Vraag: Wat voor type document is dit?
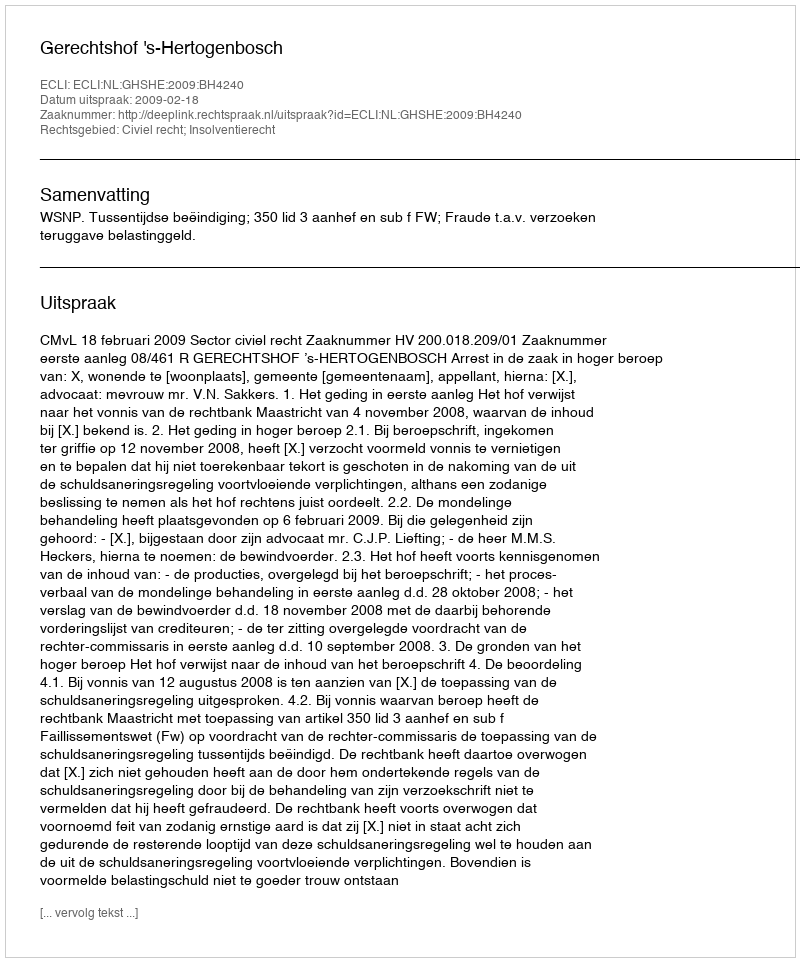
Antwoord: Uitspraak